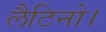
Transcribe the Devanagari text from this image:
लैटिनो।